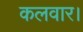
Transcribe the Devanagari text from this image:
कलवार।